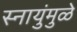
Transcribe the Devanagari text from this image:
स्नायुंमुळे